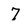
Character: 7